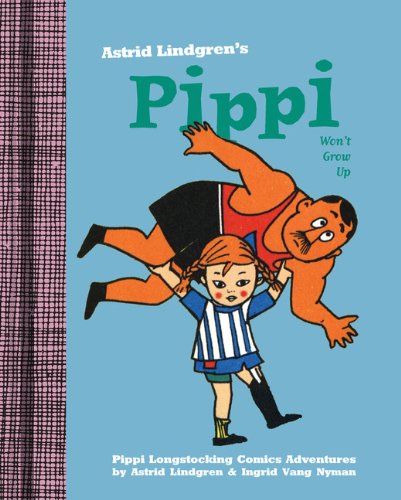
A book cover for Pippi Won't Grow Up; Astrid Lindgren; Comics & Graphic Novels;